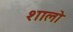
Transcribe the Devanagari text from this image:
शालो